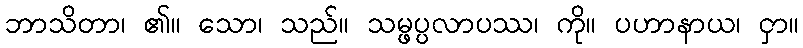
ဘာသိတာ၊ ၏။ သော၊ သည်။ သမ္ဖပ္ပလာပဿ၊ ကို။ ပဟာနာယ၊ ငှာ။